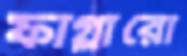
ফাগ্লারো